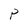
Character: P